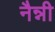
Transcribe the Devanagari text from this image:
नैन्नी